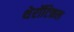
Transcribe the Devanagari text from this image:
थेरॉटिकल